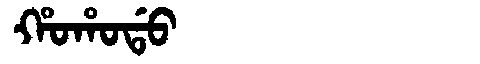
Manchu: ᡥᠣᡥᠣᡩᠣ
Romanization: HOHODO